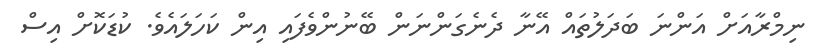
ނިމްރާއަށް އަންނަ ބަދަލުތައް އޭނާ ދެނެގަންނަން ބޭނުންވެފައި އިން ކަހަލައެވެ. ކުޑަކޮށް އިސް